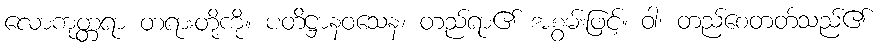
လောကုတ္တရာ တရားတို့ကို။ ပတိဋ္ဌာနဝသေန၊ တည်ရာ၏ အစွမ်းဖြင့်။ ဝါ၊ တည်စေတတ်သည်၏